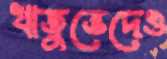
ঋতুভেদেও